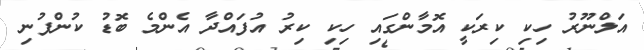
އަލްނޫރު ހިކި ކިރަކީ އޮމާންގައި ހިކި ކިރު އުފައްދާ އެންމެ ބޮޑު ކުންފުނި